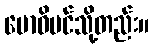
ဗောဓိပင်သို့တည်း။